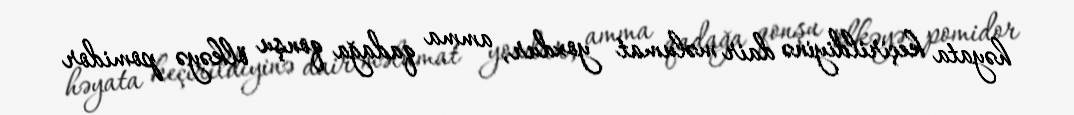
həyata keçirildiyinə dair məlumat yoxdur, amma qadağa qonşu ölkəyə pomidor